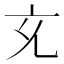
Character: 𭀚